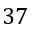
3 7